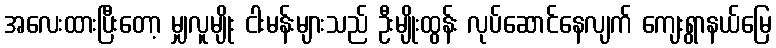
အလေးထားပြီးတော့ မျှလူမျိုး ငါးမန်းများသည် ဦးမျိုးထွန်း လုပ်ဆောင်နေလျက် ကျေးရွာနယ်မြေ